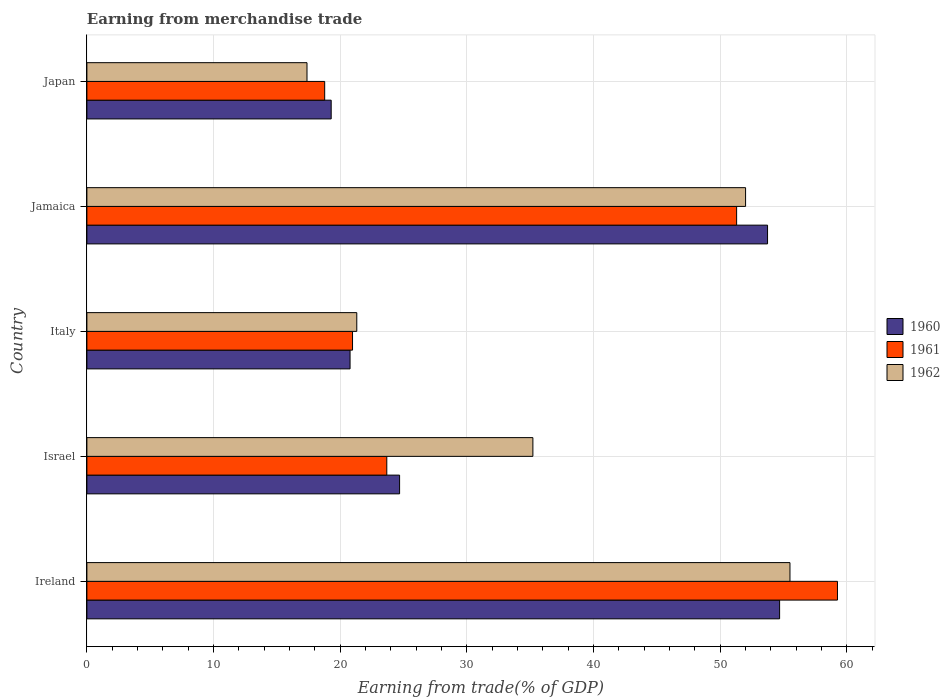
| Country | 1960 | 1961 | 1962 |
 | --- | --- | --- | --- |
 | Ireland | 54.7 | 59.3 | 55.5 |
 | Israel | 24.7 | 23.7 | 35.2 |
 | Italy | 20.8 | 21 | 21.3 |
 | Jamaica | 53.7 | 51.3 | 52 |
 | Japan | 19.3 | 18.8 | 17.4 |